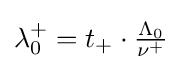
\lambda _{0}^{+}=t_{+}\cdot {\tfrac {\Lambda _{0}}{\nu ^{+}}}